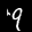
Label: 9